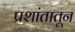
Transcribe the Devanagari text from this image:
प्रशांतातून